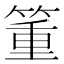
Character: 箽